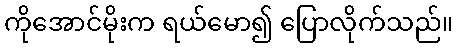
ကိုအောင်မိုးက ရယ်မော၍ ပြောလိုက်သည်။